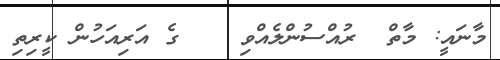
މާނައީ: މާތް  ރުއްސުންލެއްވި    ގެ އަރިއަހުން ކީރިތި